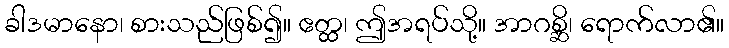
ခါဒမာနော၊ စားသည်ဖြစ်၍။ ဧတ္ထ၊ ဤအရပ်သို့။ အာဂစ္ဆိ၊ ရောက်လာ၏။